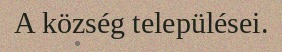
A község települései.